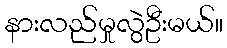
နားလည်မှုလွဲဦးမယ်။